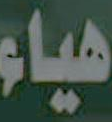
هياء